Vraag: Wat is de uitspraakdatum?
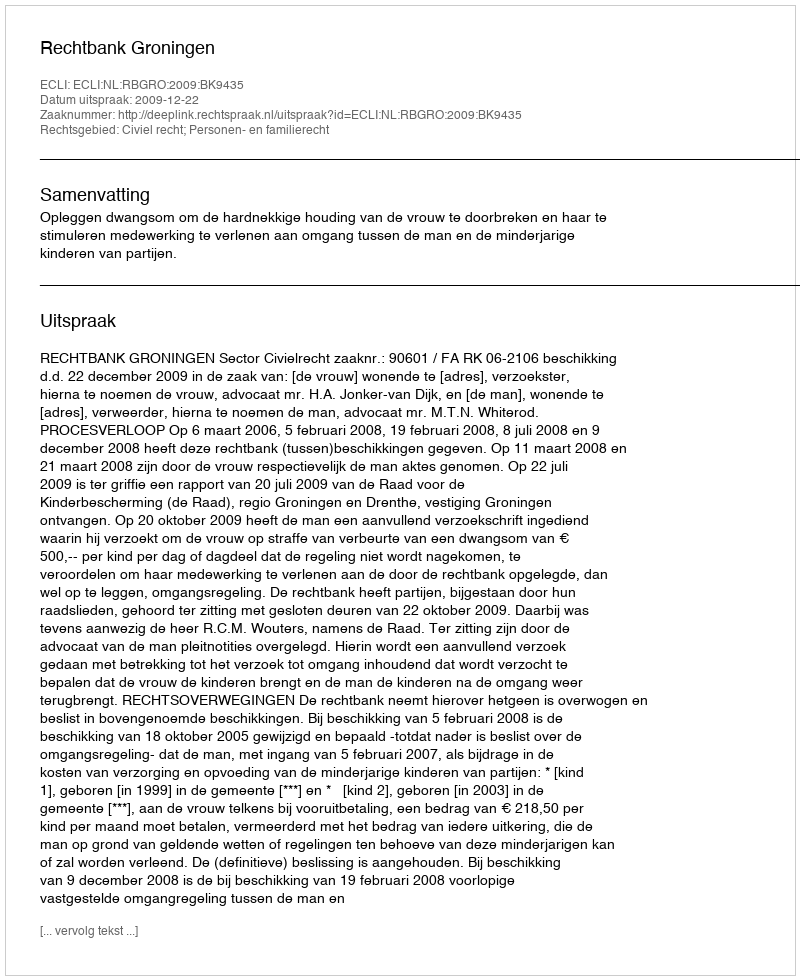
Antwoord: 2009-12-22